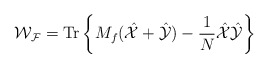
\begin{align*}{\mathcal{W_F}}=\mbox{Tr}\left\{M_f(\hat{\mathcal{X}}+\hat{\mathcal{Y}})-\frac{1}{N}\hat{\mathcal{X}}\hat{\mathcal{Y}}\right\}\end{align*}